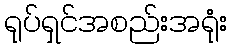
ရုပ်ရှင်အစည်းအရုံး